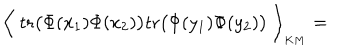
\Big \langle \; \mathrm { t r } \big ( \Phi ( x _ { 1 } ) \Phi ( x _ { 2 } ) \big ) \mathrm { t r } \big ( \Phi ( y _ { 1 } ) \Phi ( y _ { 2 } ) \big ) \; \Big \rangle _ { \mathrm { } _ { K M } } =